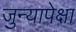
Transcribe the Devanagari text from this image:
जुन्यापेक्षा